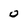
Character: 0